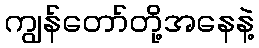
ကျွန်တော်တို့အနေနဲ့